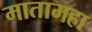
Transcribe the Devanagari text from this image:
मातामहा